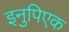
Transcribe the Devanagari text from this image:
इनुपिएक